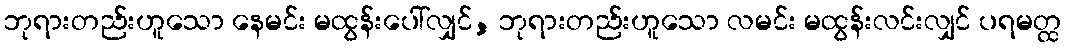
ဘုရားတည်းဟူသော နေမင်း မထွန်းပေါ်လျှင်, ဘုရားတည်းဟူသော လမင်း မထွန်းလင်းလျှင် ပရမတ္ထ